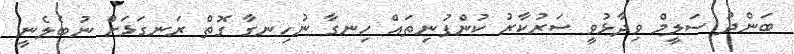
ބަންދު ސަލީމް ވިދާޅުވީ ސަރުކާރު ކުންފުނިތައް ހިނގާ ނުހިނގާ ގޮތް ރަނގަޅަށް ނުބެލެނީ